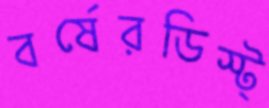
বর্ষেরডিস্ট্